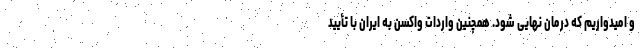
و امیدواریم که درمان نهایی شود. همچنین واردات واکسن به ایران با تأیید